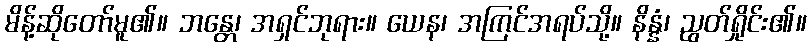
မိန့်ဆိုတော်မူ၏။ ဘန္တေ၊ အရှင်ဘုရား။ ယေန၊ အကြင်အရပ်သို့။ နိန္နံ၊ ညွတ်ရှိုင်း၏။